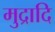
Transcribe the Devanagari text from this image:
मुद्रादि